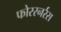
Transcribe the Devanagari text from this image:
फोररनर्रस